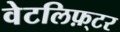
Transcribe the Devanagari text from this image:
वेटलिफ़्टर